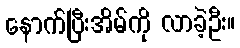
နောက်ပြီးအိမ်ကို လာခဲ့ဦး။